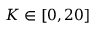
K \in [ 0 , 2 0 ]